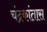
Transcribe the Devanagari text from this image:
चंद्रकांतास